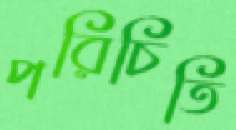
পরিচিতি